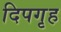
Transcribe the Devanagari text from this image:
दिपगृह